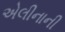
એલીનાની